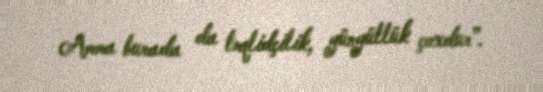
Amma burada da təqlidçilik, yüngüllük çoxdur”.